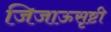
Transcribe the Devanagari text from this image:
जिजाऊसृष्टी